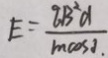
E = \frac { q B ^ { 2 } d } { m \cos \theta . }